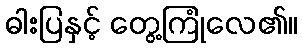
ဓါးပြနှင့် တွေ့ကြုံလေ၏။